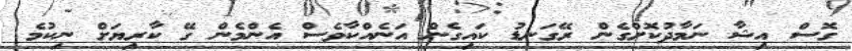
ގޮސް އިޝާ ނަމާދުކޮށްގެން ރޭގަނޑު ކައިގެން އަނެއްކާވެސް އެންމެން ގޭ ކާރިޔަށް ނިކުމެ